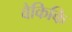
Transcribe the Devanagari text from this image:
वैकिकि